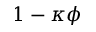
1 - \kappa \phi